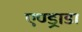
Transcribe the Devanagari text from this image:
एण्ड्राडा